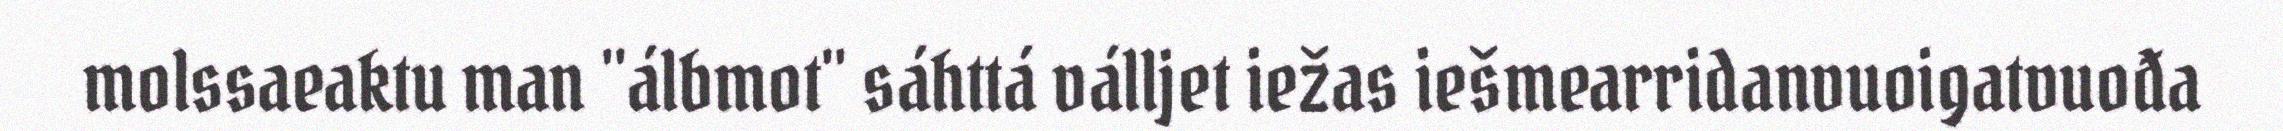
molssaeaktu man "álbmot" sáhttá válljet iežas iešmearridanvuoigatvuođa